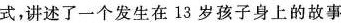
式，讲述了一个发生在13岁孩子身上的故事，